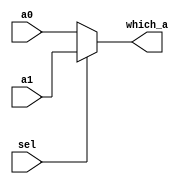

module mux2_13bit(sel, a0, a1, 
					which_a);
	input wire sel;
	input wire[12:0] a0, a1;
	output wire[12:0] which_a;

	assign which_a = sel ? a1 : a0;

endmodule // mux2_13bit